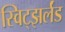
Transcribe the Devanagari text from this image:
स्विट्झर्लंड